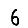
Digit: 6